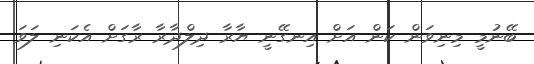
ބޭނުމީ މިނިވަން ކަން އަށް އިނގޭނީ ޔާރާ ދިލްދާރާ ރާގަށް އެކަނި ލަވަ